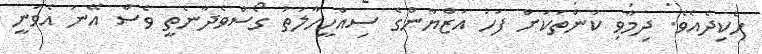
ހެކިދެއެވެ. ދިމާވި ކަންތަކަށް ފަހު އަޒްޔާންގެ ސިއްހީހާލަތު ގޯސްވެދާނެތީ ވެސް އޭނަ އެވަނީ